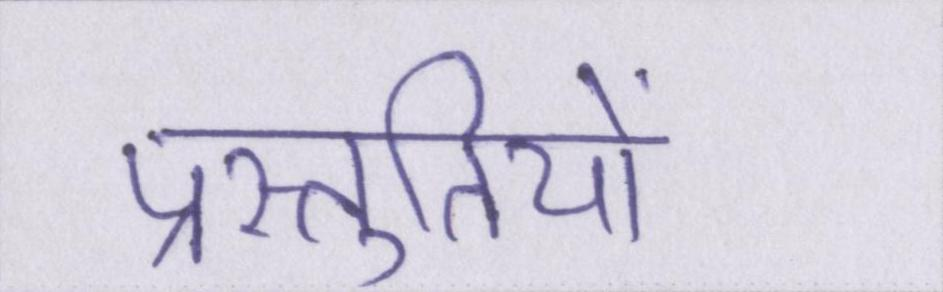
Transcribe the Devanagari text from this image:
प्रस्तुतियों